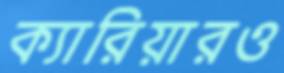
ক্যারিয়ারও